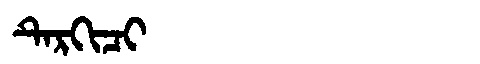
Manchu: ᡨᡝᡵᡴᡳᠴᡳ
Romanization: TERKICI